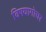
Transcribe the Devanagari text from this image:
विषयागोचर